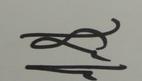
Signature authenticity: genuine